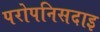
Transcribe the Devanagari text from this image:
परोपनिसदाइ